Leaving Certificate Examination, 1903
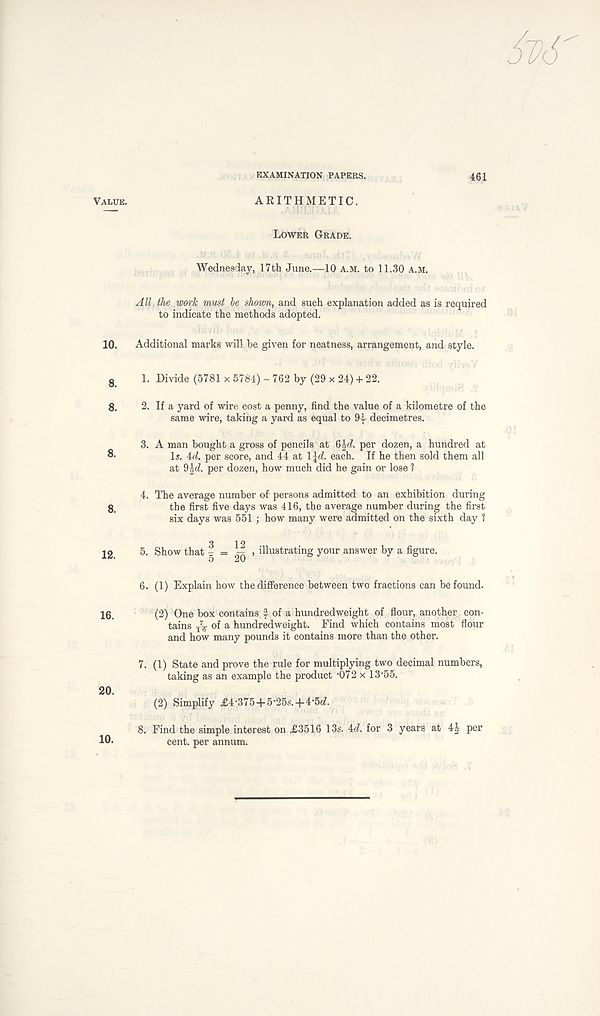
EXAMINATION PAPERS.
461
Value.
10.
8.
8.
8.
8.
12.
16.
20.
10.
ARITHMETIC.
Lower Grade.
Wednesday, 17th June.—10 a.m. to 11.30 a.m.
All the work must be shown, and such explanation added as is required
to indicate the methods adopted.
Additional marks will he given for neatness, arrangement, and style.
1. Divide (5781 x 5784) - 762 by (29 x 24) + 22.
2. If a yard of wire cost a penny, find the value of a kilometre of the
same wire, taking a yard as equal to 9| decimetres.
3. A man bought a gross of pencils at 6£d. per dozen, a hundred at
Is. id. per score, and 44 at \\d. each. If he then sold them all
at 9£d. per dozen, how much did he gain or lose ?
4. The average number of persons admitted to an exhibition during
the first five days was 416, the average number during the first
six days was 551 ; how many were admitted on the sixth day ?
5. Show that g = || > illustrating your answer by a figure.
6. (1) Explain how the difference between two fractions can be found.
(2) One box contains f of a hundredweight of flour, another con-
tains of a hundredweight. Find which contains most flour
and how many pounds it contains more than the other.
7. (1) State and prove the rule for multiplying two decimal numbers,
taking as an example the product ‘072 x 13‘55.
(2) Simplify £4-375 + 5-25s.+4-5d.
8. Find the simple interest on £3516 13s. id. for 3 years at 4| per
cent, per annum.